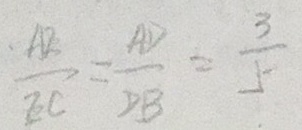
\frac { A E } { E C } = \frac { A D } { D B } = \frac { 3 } { 5 }